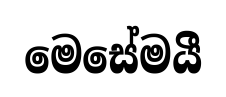
මෙසේමයී